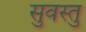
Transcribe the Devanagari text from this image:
सुवस्तु